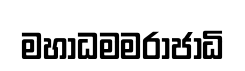
මහාධමමරාජාධි